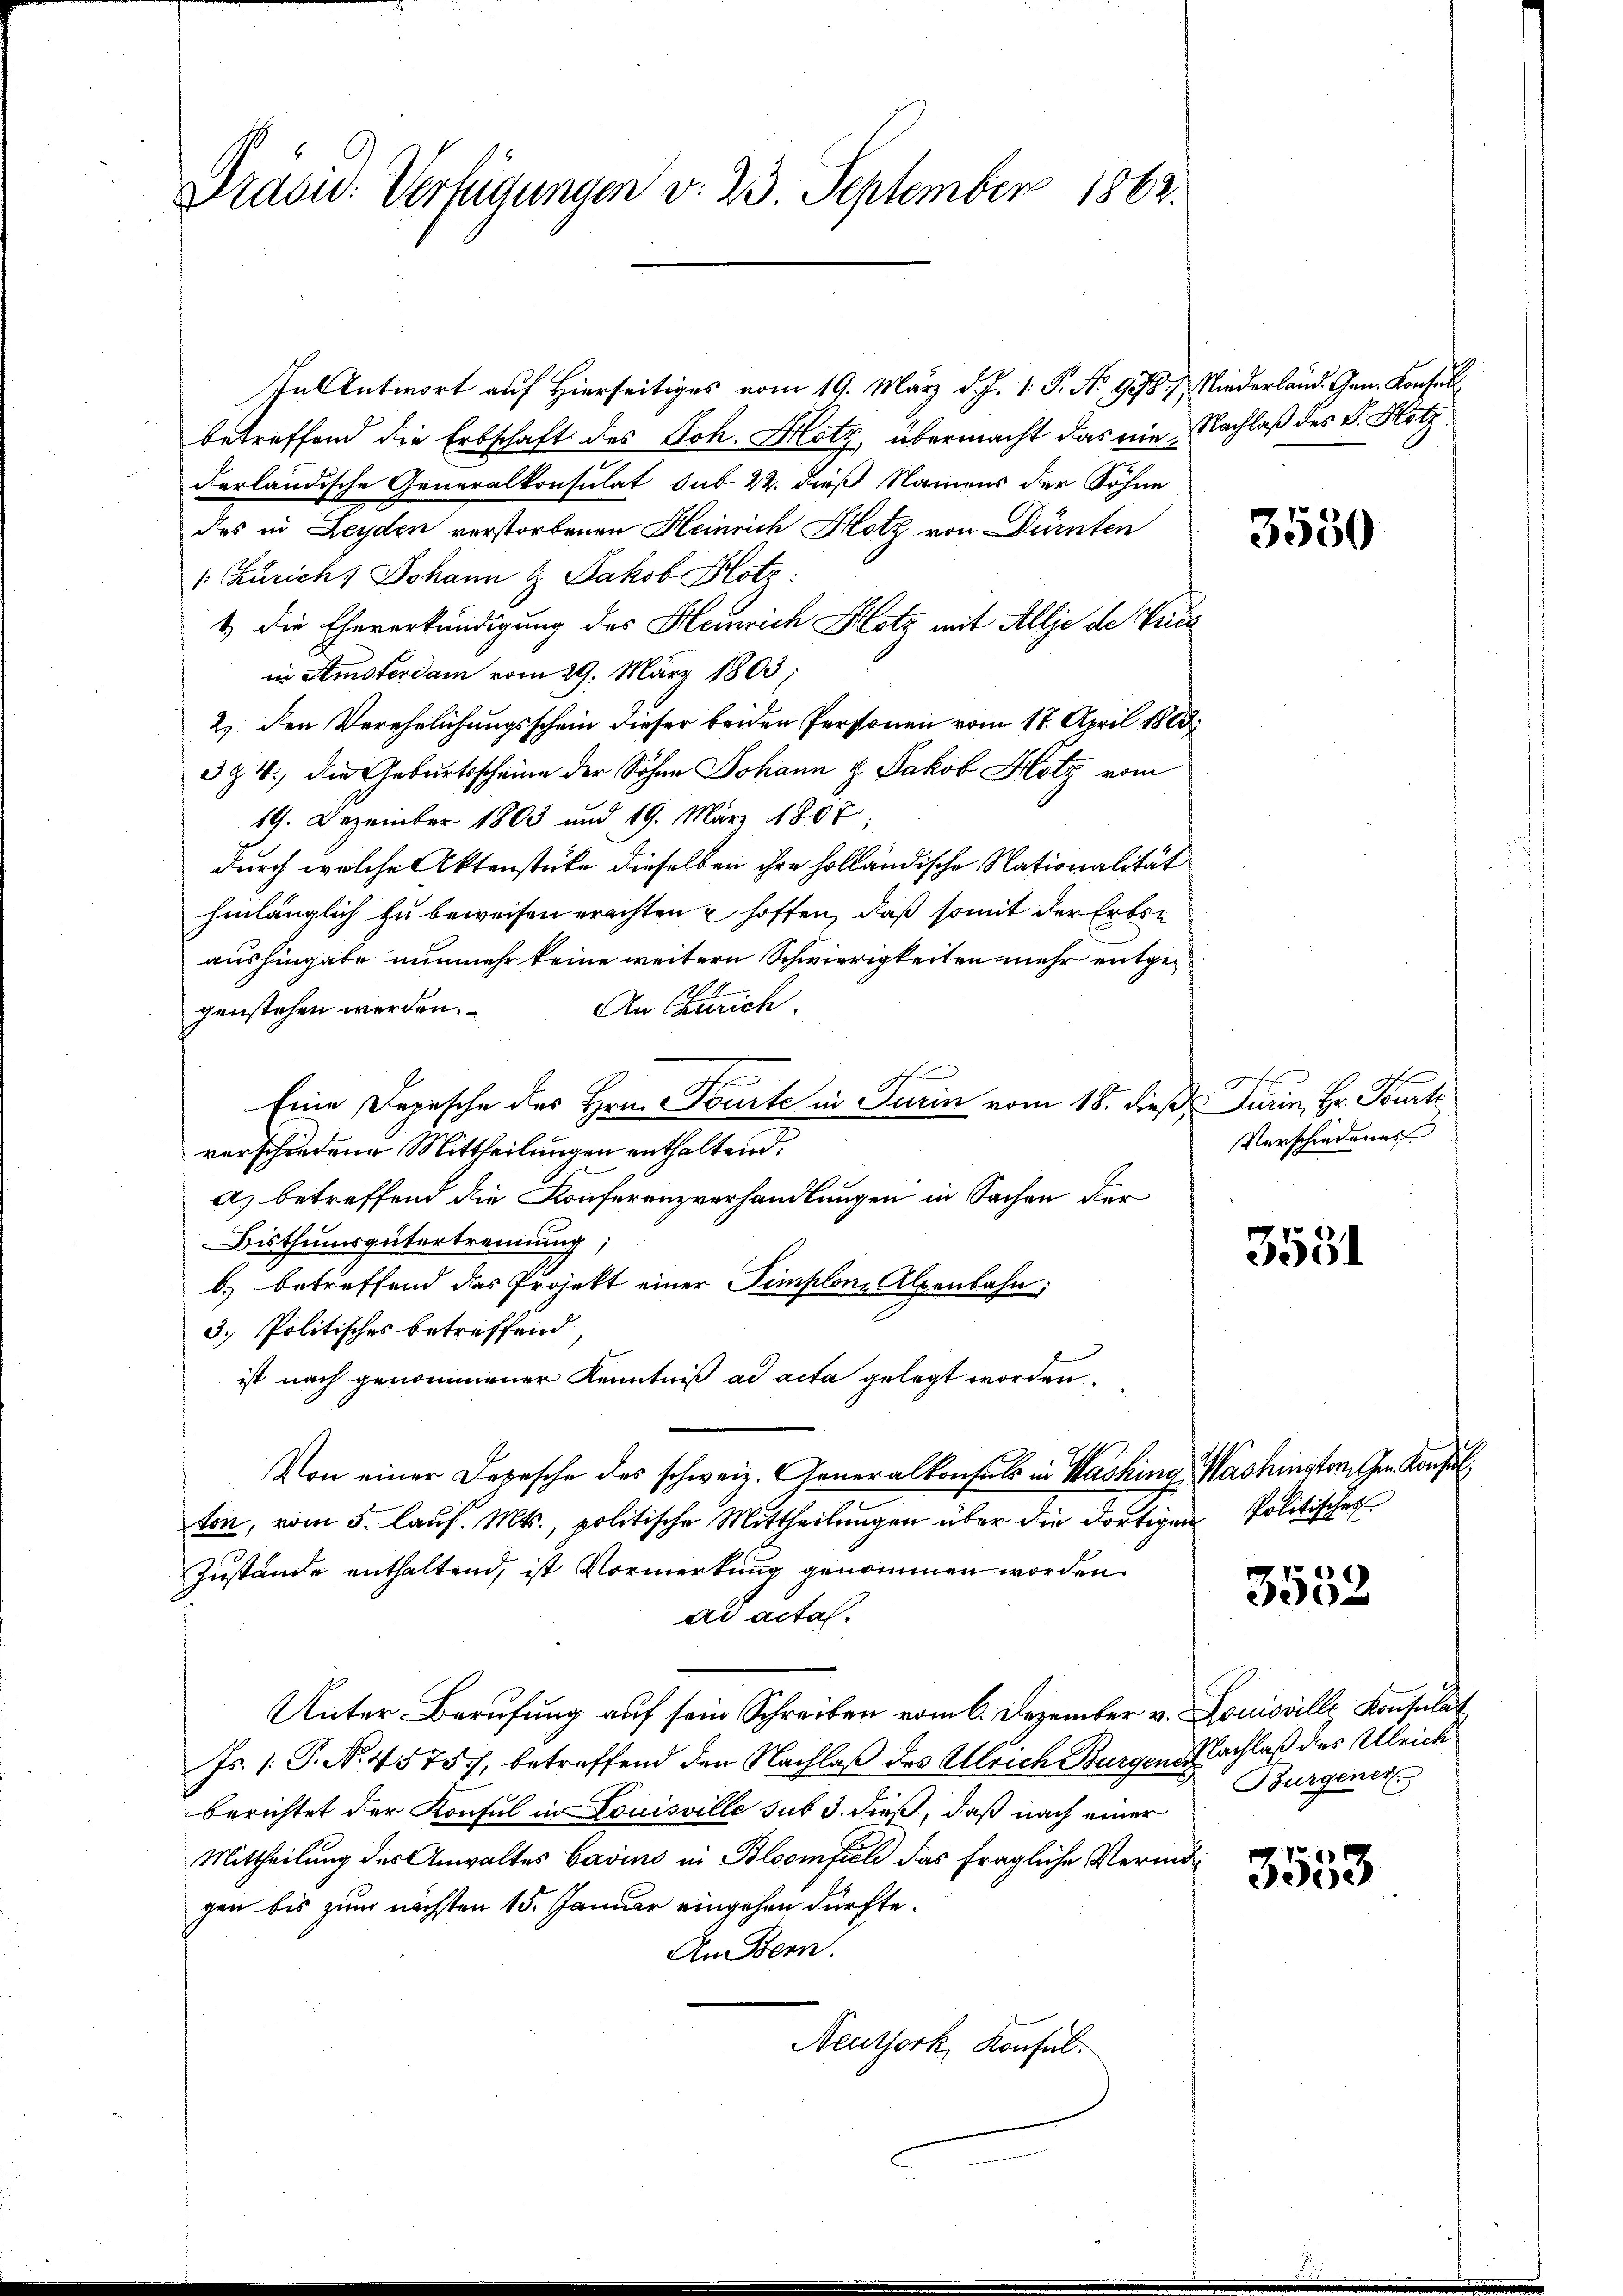
Draow: Verfügungen v. 23. September 1862.

In Antwort auf Hierseitiges vom 19. März d. J. 1. P. Nr. 918. Niederland. Gen. Konsul
betreffend die Erbschaft des Joh. Hotz übermacht das nie Nachlaß des K. Hotz
derländische Generalkonsulat sub 22. dieß Namens der Söhne
des in Leyden verstorbenen Heinrich Hotz von Dürnten
/: Zürich, Johann & Jakob Hotz
1) die Eheverkündigung des Heinrich Hotz mit Allje de Vice
in Amsterdam vom 29. März 1803
2) den Verehelichungsschein dieser beiden Personen vom 17. April 1883,
324. die Geburtsscheine der Sohne Johann & Jakob Hotz vom
19. Dezember 1803 und 19. März 1867
durch welche Aktenstücke dieselben ihre holländische Nationalität
hinlänglich zu beweisen erachten u hoffen, daß somit der Erbse
aushingabe nunmehr keine weitern Schwierigkeiten mehr entge¬
An Zürich.
genstehen werden.
Eine Depesche des Hrn. Tourte in Turin vom 18. dieß Turin, Hr. Burte
verschiedene Mittheilungen enthaltend.
a) betreffend die Konferenzverhandlungen in Sachen der
Bisthumsgütertrennung;
b.) betreffend das Projekt einer Simplon Alpenbahn,
3. Politisches betreffend
ist nach genommener Kenntniß ad acta gelegt worden.
Von einer Depesche des schweiz. Generalkonsuls in Washina Washingten Gen. Konsul
ton, vom 5. lauf. Mts., politische Mittheilungen über die dortigen Politisches
Zustände enthaltend, ist Vormerkung genommen worden.
ad acta.
Unter Berufung auf sein Schreiben vom 6. Dezember v. Louisville Konsulat
Fs. 1. P. No. 4575), betreffend den Nachlaß des Ulrich Burgen Nachlaß des Ulrich
berichtet der Konsul in Louisville sub 3. dieß, daß nach einer
Mittheilung des Anwaltes Cavins in Bloomfiel das fragliche Vermögen bis zum nächsten 15. Januar eingehen dürfte.
An Bern.
Neuthork, Konfel

3550

Verschiedenes

3551

3532

Burgener

3553